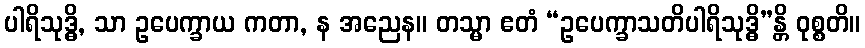
ပါရိသုဒ္ဓိ, သာ ဥပေက္ခာယ ကတာ, န အညေန။ တသ္မာ ဧတံ “ဥပေက္ခာသတိပါရိသုဒ္ဓိ”န္တိ ဝုစ္စတိ။